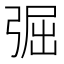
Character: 𢏷